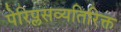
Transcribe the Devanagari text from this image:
पेरिप्लसव्यतिरिक्त